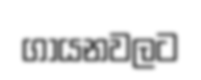
ගායනවලට